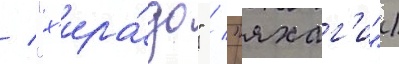
/ "х'ира́до" / "яхаг'и")